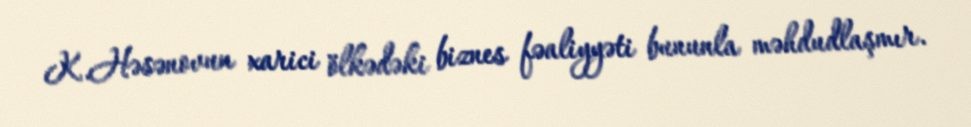
K.Həsənovun xarici ölkədəki biznes fəaliyyəti bununla məhdudlaşmır.